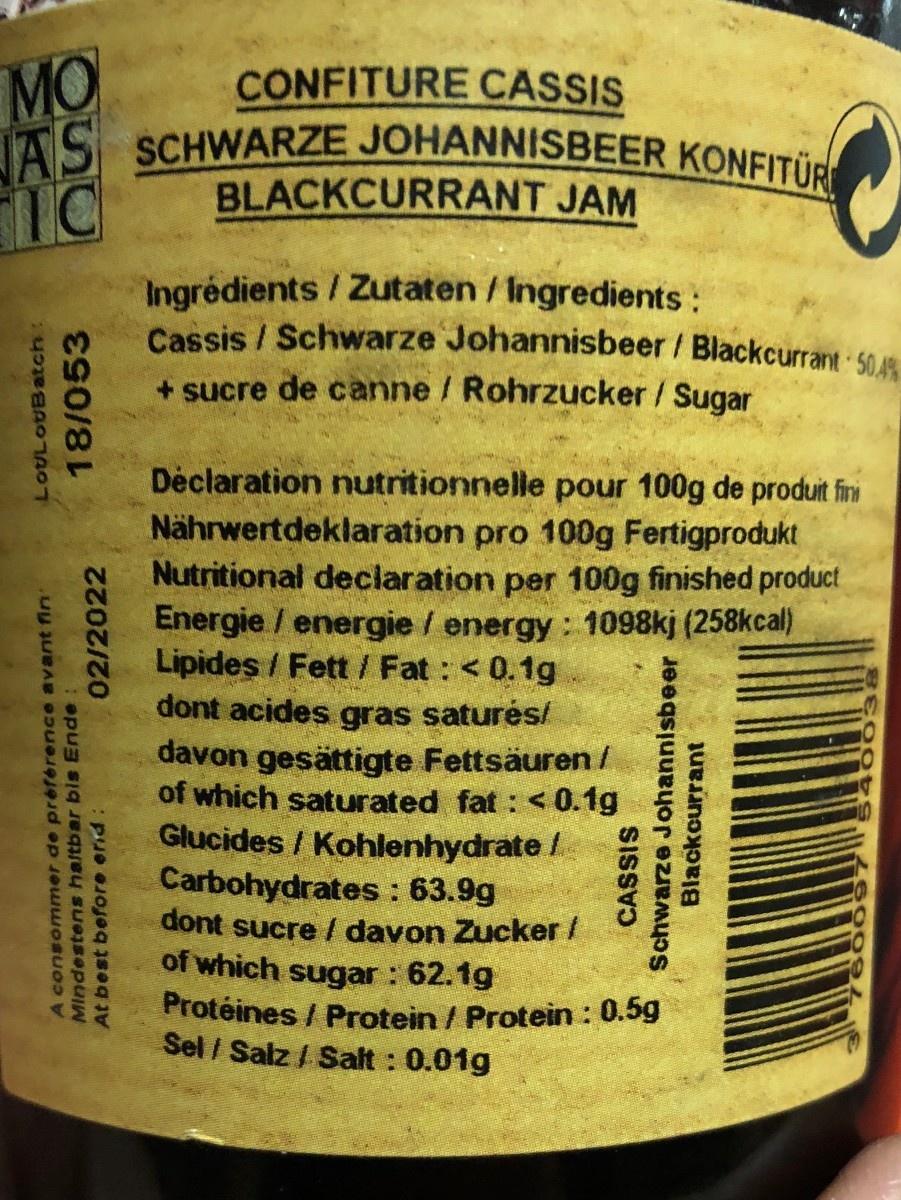
MO
CONFITURE CASSIS
AS SCHWARZE JOHANNISBEER KONFITURE
IC
LOULOUBatch:
18/053
02/2022
A consommer de préférence avant fin
Mindestens haltbar bis Ende
At best before end
BLACKCURRANT JAM
Ingrédients / Zutaten / Ingredients: Cassis / Schwarze Johannisbeer/Blackcurrant 50.4% + sucre de canne / Rohrzucker / Sugar
(258kcal)
Déclaration nutritionnelle pour 100g de produit fini Nährwertdeklaration pro 100g Fertigprodukt Nutritional declaration per 100g finished product Energie / energie / energy: 1098kj Lipides / Fett / Fat : < 0.1g dont acides gras saturés/ davon gesättigte Fettsäuren / of which saturated fat : <0.1g Glucides / Kohlenhydrate / Carbohydrates: 63.9g dont sucre / davon Zucker / of which sugar : 62.1g Protéines / Protein / Protein: 0.5g Sel / Salz/Salt: 0.01g
2² 20
Schwarze Johannisbeer
CASSIS
Blackcurrant